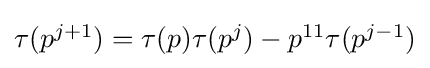
{\textstyle \tau (p^{j+1})=\tau (p)\tau (p^{j})-p^{11}\tau (p^{j-1})}